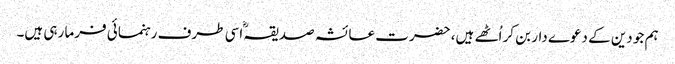
ہم جو دین کے دعوے دار بن کر اُٹھے ہیں، حضرت عائشہ صدیقہؓ اسی طرف رہنمائی فرما رہی ہیں۔